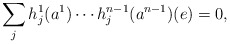
\begin{align*}\sum_{j} h_j^1(a^1)\cdots h_j^{n-1}(a^{n-1})(e)=0,\end{align*}